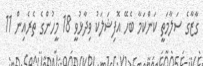
ގާޒާގެ ސަލާމަތީ ކަންކަމާ ބެހޭ އޮފިޝަލަކު ވިދާޅުވީ 18 މީހުންގެ ތެރެއިން 11